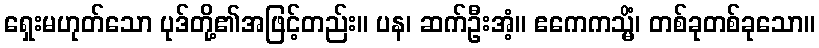
ရှေးမဟုတ်သော ပုဒ်တို့၏အဖြင့်တည်း။ ပန၊ ဆက်ဦးအံ့။ ဧကေကသ္မိံ၊ တစ်ခုတစ်ခုသော။